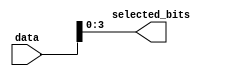
module part_select_example (
    input wire [7:0] data,    // 8-bit input vector
    output wire [3:0] selected_bits // 4-bit output vector
);

    // Continuous assignment of bits 3 to 0 (LSB bits) from 'data'
    assign selected_bits = data[3:0]; // Assigning the lower 4 bits of 'data'

endmodule